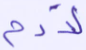
لآدم